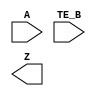
/**
 * Copyright 2020 The SkyWater PDK Authors
 *
 * Licensed under the Apache License, Version 2.0 (the "License");
 * you may not use this file except in compliance with the License.
 * You may obtain a copy of the License at
 *
 *     https://www.apache.org/licenses/LICENSE-2.0
 *
 * Unless required by applicable law or agreed to in writing, software
 * distributed under the License is distributed on an "AS IS" BASIS,
 * WITHOUT WARRANTIES OR CONDITIONS OF ANY KIND, either express or implied.
 * See the License for the specific language governing permissions and
 * limitations under the License.
 *
 * SPDX-License-Identifier: Apache-2.0
 */

`ifndef SKY130_FD_SC_HS__EBUFN_BLACKBOX_V
`define SKY130_FD_SC_HS__EBUFN_BLACKBOX_V

/**
 * ebufn: Tri-state buffer, negative enable.
 *
 * Verilog stub definition (black box without power pins).
 *
 * WARNING: This file is autogenerated, do not modify directly!
 */

`timescale 1ns / 1ps
`default_nettype none

(* blackbox *)
module sky130_fd_sc_hs__ebufn (
    A   ,
    TE_B,
    Z
);

    input  A   ;
    input  TE_B;
    output Z   ;

    // Voltage supply signals
    supply1 VPWR;
    supply0 VGND;

endmodule

`default_nettype wire
`endif  // SKY130_FD_SC_HS__EBUFN_BLACKBOX_V